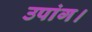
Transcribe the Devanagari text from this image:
उपांग।